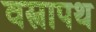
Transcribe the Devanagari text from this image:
वस्त्रापथ